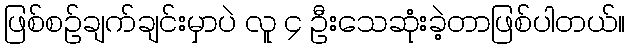
ဖြစ်စဉ်ချက်ချင်းမှာပဲ လူ ၄ ဦးသေဆုံးခဲ့တာဖြစ်ပါတယ်။